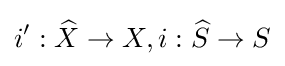
i':{\widehat {X}}\to X,i:{\widehat {S}}\to S